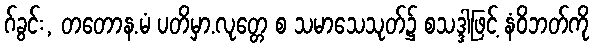
ဂ်ခွင်း, တတောန.မံ ပတိမှာ.လုတ္တေ စ သမာသေသုတ်၌ စသဒ္ဒါဖြင့် နံဝိဘတ်ကို